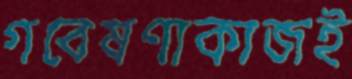
গবেষণাকাজই